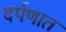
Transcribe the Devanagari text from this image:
दर्पणात